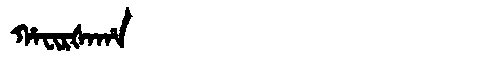
Manchu: ᡥᠠᠸᡳᡵᡧᠠᡥᠠ
Romanization: HAFIRŠAHA